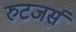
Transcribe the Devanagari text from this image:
रुटजर्स